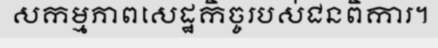
សកម្មភាពសេដ្ឋកិច្ចរបស់ជនពិការ។